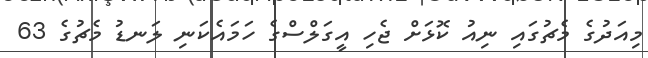
މިއަދުގެ މެޗުގައި ނިއު ކޮޅަށް ޖެހި އީގަލްސްގެ ހަމައެކަނި ލަނޑު މެޗުގެ 63